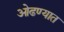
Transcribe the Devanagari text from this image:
ओढण्यात